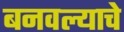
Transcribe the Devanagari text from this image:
बनवल्याचे